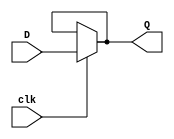
`timescale 1ns / 1ps
//////////////////////////////////////////////////////////////////////////////////
// Company: 
// Engineer: 
// 
// Design Name: 
// Module Name: new_latch
// Project Name: 
// Target Devices: 
// Tool Versions: 
// Description: 
// 
// Dependencies: 
// 
// Revision:
// Revision 0.01 - File Created
// Additional Comments:
// 
//////////////////////////////////////////////////////////////////////////////////


module new_latch(
    input D,
    input clk,
    output Q
    );
    
    assign Q = (clk == 1) ? D : Q;
    
endmodule